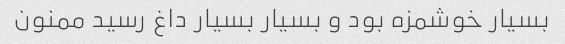
بسیار خوشمزه بود و بسیار بسیار داغ رسید ممنون